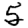
Digit: 5